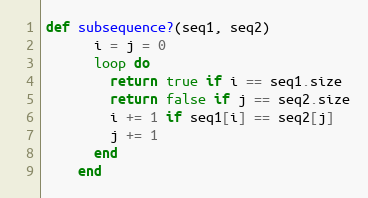
Language: Ruby
def subsequence?(seq1, seq2)
      i = j = 0
      loop do
        return true if i == seq1.size
        return false if j == seq2.size
        i += 1 if seq1[i] == seq2[j]
        j += 1
      end
    end